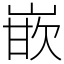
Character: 嵌